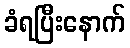
ခံရပြီးနောက်